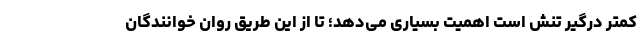
کمتر درگیر تنش است اهمیت بسیاری می‌دهد؛ تا از این طریق روان خوانندگان